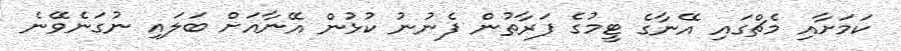
ކަމަށާއި މެޗްގައި އޭނާގެ ޓީމުގެ ފަރާތުން ފެނުނު ކުޅުން އޭނާއަށް ބަލައި ނުގަނެވޭނެ